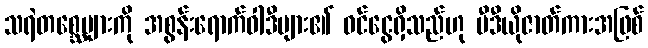
သရဲတစ္ဆေများကို အစွန်းရောက်ဝါဒီများ၏ ဝင်ငွေရှိသည်ဟု ဗီဒီယိုဇာတ်ကားအဖြစ်